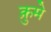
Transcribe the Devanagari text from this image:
क्रुमे